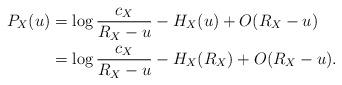
LaTeX: \begin{align*}P_X(u) &= \log \dfrac{c_{X}}{R_{X}-u}- H_{X}(u)+ O(R_{X}-u) \\ &= \log \dfrac{c_{X}}{R_{X}-u}- H_{X}(R_{X})+ O(R_{X}-u). \end{align*}